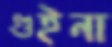
গুইনা